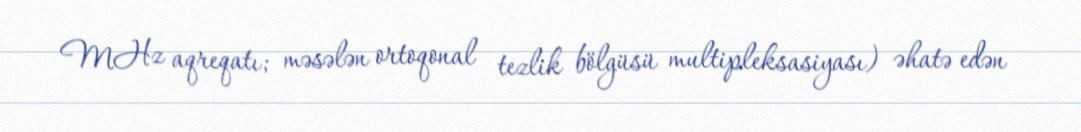
MHz aqreqatı; məsələn ortoqonal tezlik bölgüsü multipleksasiyası) əhatə edən